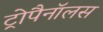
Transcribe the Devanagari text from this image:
ट्रोपैनॉलस